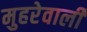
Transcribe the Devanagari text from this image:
मुहरेवाली